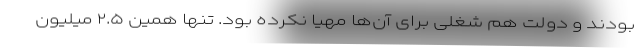
بودند و دولت هم شغلی برای آن‌ها مهیا نکرده بود. تنها همین ۲.۵ میلیون